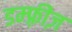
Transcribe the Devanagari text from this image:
डम्फ़्रीज़